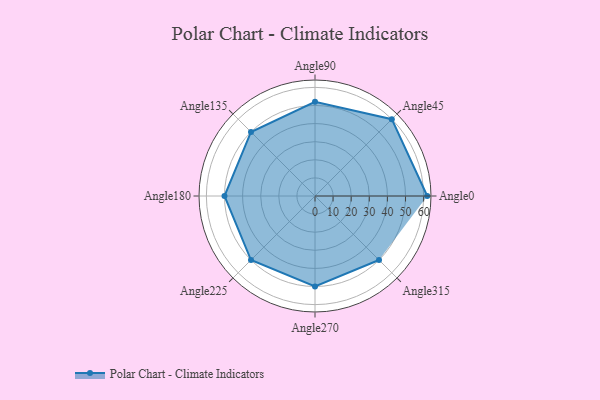
{"axis": {"x": "Angle", "y": "Radius"}, "legend": [""], "data": [{"x": "Angle0", "y": 62.0, "type": ""}, {"x": "Angle45", "y": 60.0, "type": ""}, {"x": "Angle90", "y": 52.0, "type": ""}, {"x": "Angle135", "y": 50, "type": ""}, {"x": "Angle180", "y": 50, "type": ""}, {"x": "Angle225", "y": 50, "type": ""}, {"x": "Angle270", "y": 50, "type": ""}, {"x": "Angle315", "y": 50, "type": ""}]}